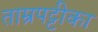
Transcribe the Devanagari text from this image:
ताम्रपट्टीका